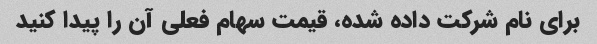
برای نام شرکت داده شده، قیمت سهام فعلی آن را پیدا کنید